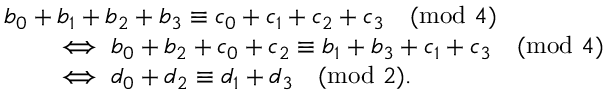
\begin{array} { r l } & { b _ { 0 } + b _ { 1 } + b _ { 2 } + b _ { 3 } \equiv c _ { 0 } + c _ { 1 } + c _ { 2 } + c _ { 3 } \pmod { 4 } } \\ & { \qquad \iff b _ { 0 } + b _ { 2 } + c _ { 0 } + c _ { 2 } \equiv b _ { 1 } + b _ { 3 } + c _ { 1 } + c _ { 3 } \pmod { 4 } } \\ & { \qquad \iff d _ { 0 } + d _ { 2 } \equiv d _ { 1 } + d _ { 3 } \pmod { 2 } . } \end{array}